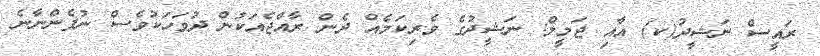
ރައީސް ނަޝީދު(ކ) އާއި ޖަމީލް: ނަޝީދުގެ ވެރިކަމެއް ދެން ރާއްޖެއަކުން ދުވަހަކުވެސް ނުފެންނާނެ